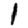
Digit: 1